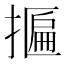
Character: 𢴂